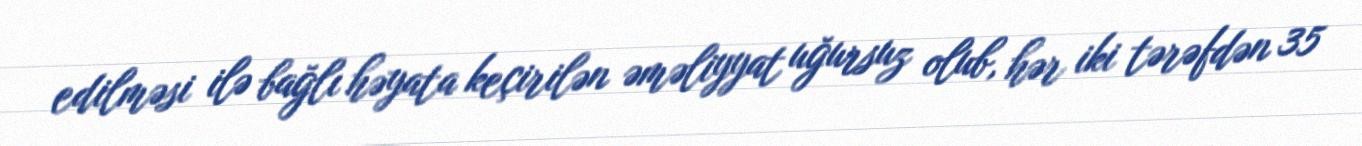
edilməsi ilə bağlı həyata keçirilən əməliyyat uğursuz olub, hər iki tərəfdən 35